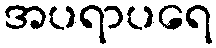
အပရာပရေ